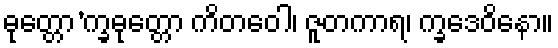
ဓုတ္တော’က္ခဓုတ္တော ကိတဝေါ၊ ဇူတကာရ၊ က္ခဒေဝိနော။